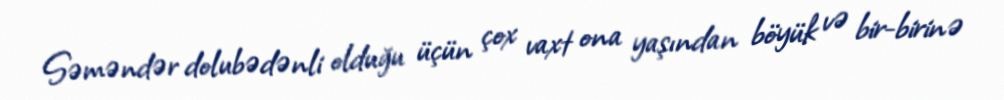
Səməndər dolubədənli olduğu üçün çox vaxt ona yaşından böyük və bir-birinə